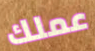
عملك